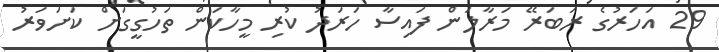
29 އަހަރުގެ ރަބަރޭ މަރާލަން ފައިސާ ހަރަދު ކުރި މީހާކަން ތަހުގީގަށް ކަށަވަރު